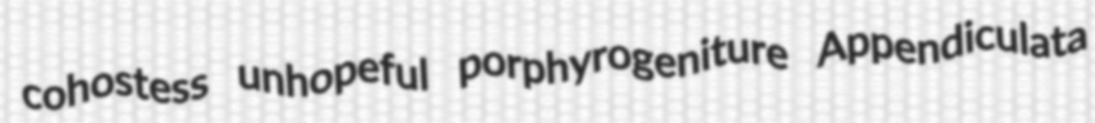
cohostess unhopeful porphyrogeniture Appendiculata